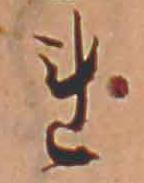
れ